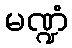
မဏ္ဍံ